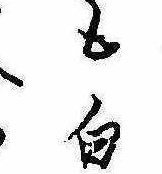
も白